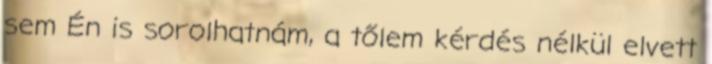
sem Én is sorolhatnám, a tőlem kérdés nélkül elvett